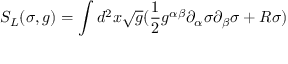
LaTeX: S _ { L } ( \sigma , g ) = \int d ^ { 2 } x \sqrt g ( \frac { 1 } { 2 } g ^ { \alpha \beta } \partial _ { \alpha } \sigma \partial _ { \beta } \sigma + R \sigma )